Civil Veterinary Department Bengal reports 1923-33 - 1923-1933
Year: 1923
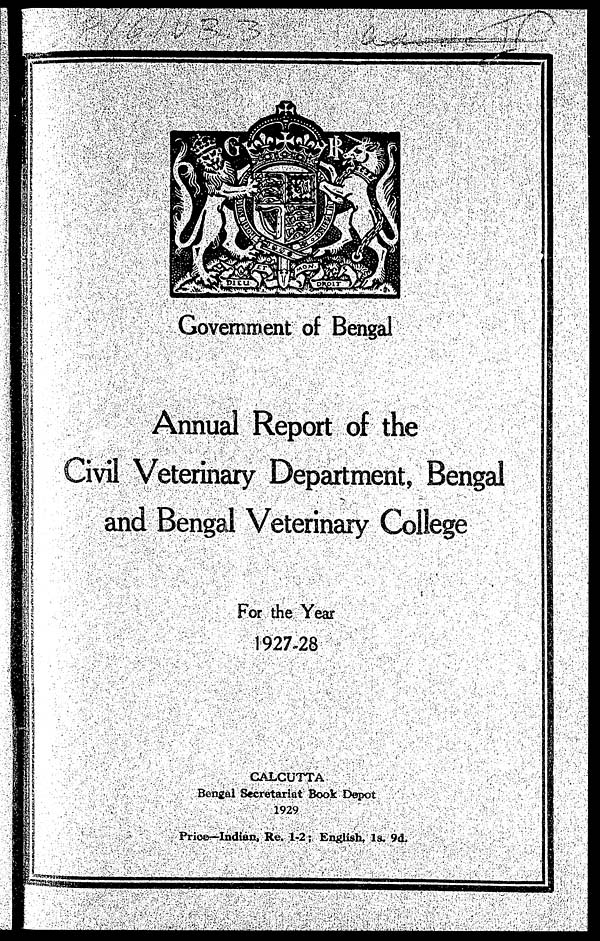
Government of Bengal
Annual Report of the
Civil Veterinary Department, Bengal
and Bengal Veterinary College
For the Year
1927-28
CALCUTTA
Bengal Secretariat Book Depot
1929
Price—Indian, Re. 1-2; English, 18. 9d.